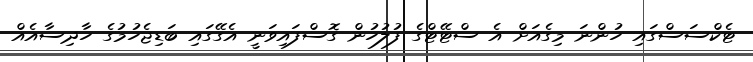
ޓެކްސަސްގައި ހުންނަ މިގެއަށް އެ ސްޓޭޓްގެ ފުލުހުން ގޮސްފައިވަނީ އެގޭގައި ބަޑިިޖެހުމުގެ ހާދިސާއެއް